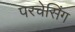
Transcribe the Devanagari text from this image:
परचेसिंग